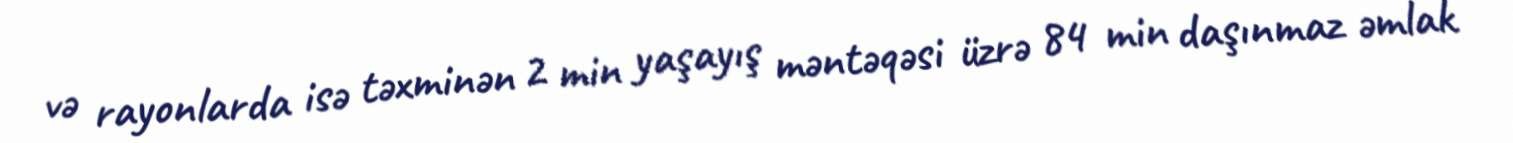
və rayonlarda isə təxminən 2 min yaşayış məntəqəsi üzrə 84 min daşınmaz əmlak